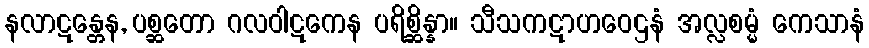
နလာဋန္တေန, ပစ္ဆတော ဂလဝါဋကေန ပရိစ္ဆိန္နာ။ သီသကဋာဟဝေဌနံ အလ္လစမ္မံ ကေသာနံ